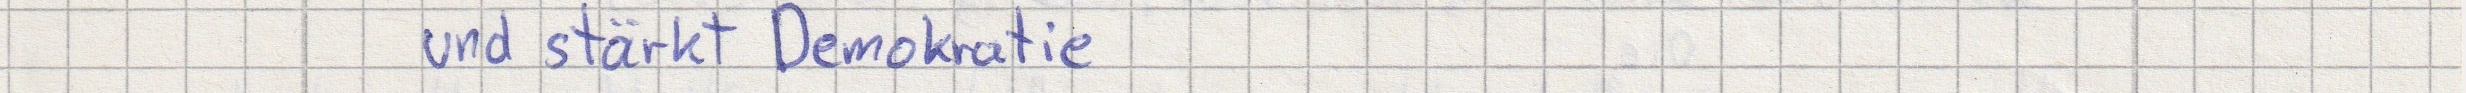
und stärkt Demokratie